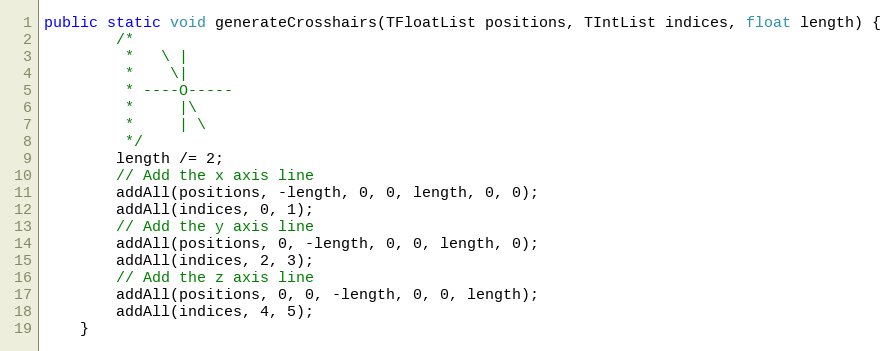
Language: Java
public static void generateCrosshairs(TFloatList positions, TIntList indices, float length) {
        /*
         *   \ |
         *    \|
         * ----O-----
         *     |\
         *     | \
         */
        length /= 2;
        // Add the x axis line
        addAll(positions, -length, 0, 0, length, 0, 0);
        addAll(indices, 0, 1);
        // Add the y axis line
        addAll(positions, 0, -length, 0, 0, length, 0);
        addAll(indices, 2, 3);
        // Add the z axis line
        addAll(positions, 0, 0, -length, 0, 0, length);
        addAll(indices, 4, 5);
    }